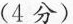
(4分)